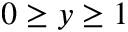
0 \ge y \ge 1